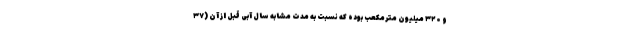
و ۳۲۰ میلیون مترمکعب بوده که نسبت به مدت مشابه سال آبی قبل از آن (۳۷